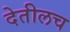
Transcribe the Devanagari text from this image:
देतीलच